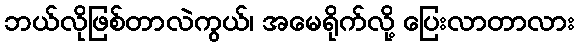
ဘယ်လိုဖြစ်တာလဲကွယ်၊ အမေရိုက်လို့ ပြေးလာတာလား